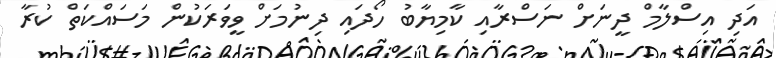
އަދި އިސްލާމް ދީނަށް ނަސްރާއި ކާމިޔާބު ހޯދައި ދިނުމަށް ވީވަރަކުން މަސައްކަތް ކުރާ